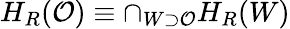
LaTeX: H_{R}(\mathcal{O})\equiv\cap_{W\supset\mathcal{O}}H_{R}(W)